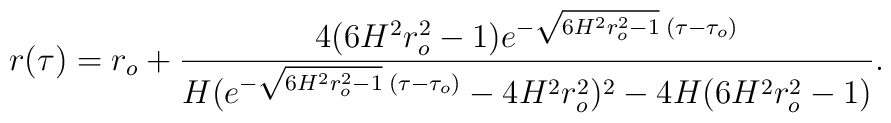
r(\tau)=r_o+\frac{4(6H^2r^2_o-1)e^{-\sqrt{6H^2r^2_o-1}\;(\tau-\tau_o)}}{H(e^{-\sqrt{6H^2r^2_o-1}\;(\tau-\tau_o)}-4H^2r^2_o)^2-4H(6H^2r^2_o-1)}.